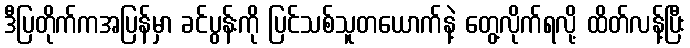
ဒီပြတိုက်ကအပြန်မှာ ခင်ပွန်းကို ပြင်သစ်သူတယောက်နဲ့ တွေ့လိုက်ရလို့ ထိတ်လန့်ပြီး